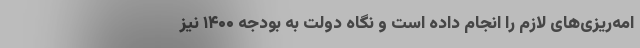
امه‌ریزی‌های لازم را انجام داده است و نگاه دولت به بودجه ۱۴۰۰ نیز